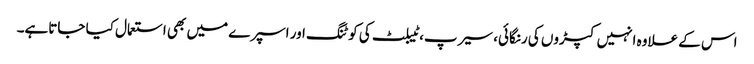
اس کے علاوہ انہیں کپڑوں کی رنگائی، سیرپ، ٹیبلٹ کی کو ٹنگ اور اسپرے میں بھی استعمال کیا جاتاہے۔